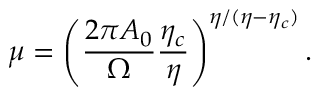
\mu = \left( \frac { 2 \pi A _ { 0 } } { \Omega } \frac { \eta _ { c } } { \eta } \right) ^ { \eta / ( \eta - \eta _ { c } ) } .